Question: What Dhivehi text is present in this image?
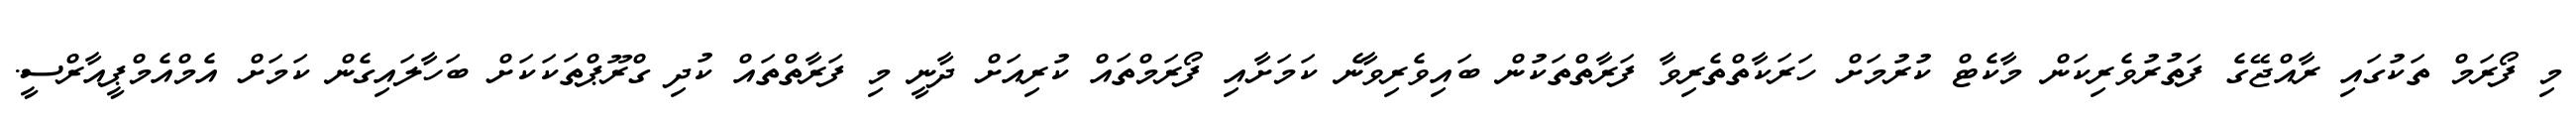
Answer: މި ފޯރަމް ތަކުގައި ރާއްޖޭގެ ފަތުރުވެރިކަން މާކެޓް ކުރުމަށް ހަރަކާތްތެރިވާ ފަރާތްތަކުން ބައިވެރިވާނެ ކަމަށާއި ފޯރަމްތައް ކުރިއަށް ދާނީ މި ފަރާތްތައް ކުދި ގްރޫޕްތަކަކަށް ބަހާލައިގެން ކަމަށް އެމްއެމްޕީއާރްސީ.